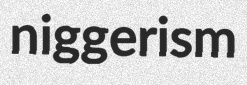
niggerism